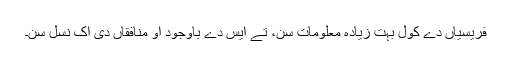
فریسیاں دے کول بہت زیادہ معلومات سن، تے ایس دے باوجود اُو منافقاں دی اک نسل سن۔